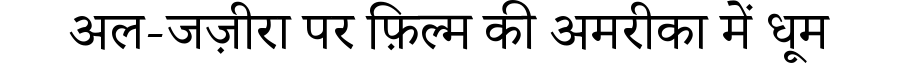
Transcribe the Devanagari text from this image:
अल-जज़ीरा पर फ़िल्म की अमरीका में धूम